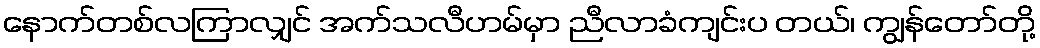
နောက်တစ်လကြာလျှင် အက်သလီဟမ်မှာ ညီလာခံကျင်းပ တယ်၊ ကျွန်တော်တို့